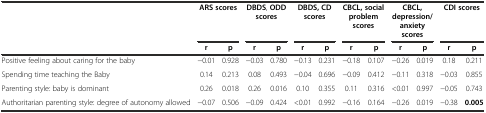
|  | <COLSPAN=2> ARS scores | <COLSPAN=2> DBDS, ODD scores | <COLSPAN=2> DBDS,CD scores | <COLSPAN=2> CBCL,social problem scores | <COLSPAN=2> CBCL,depression/anxiety scores | <COLSPAN=2> CDI scores |
 |  | r | p | r | p | r | p | r | p | r | p | r | p |
 | --- | --- | --- | --- | --- | --- | --- | --- | --- | --- | --- | --- | --- |
 | Positive feeling about caring for the baby | −0.01 | 0.928 | −0.03 | 0.780 | −0.13 | 0.231 | −0.18 | 0.107 | −0.26 | 0.019 | 0.18 | 0.211 |
 | Spending time teaching the Baby | 0.14 | 0.213 | 0.08 | 0.493 | −0.04 | 0.696 | −0.09 | 0.412 | −0.11 | 0.318 | −0.03 | 0.855 |
 | Parenting style: baby is dominant | 0.26 | 0.018 | 0.26 | 0.016 | 0.10 | 0.355 | 0.11 | 0.316 | <0.01 | 0.997 | −0.05 | 0.743 |
 | Authoritarian parenting style: degree of autonomy allowed | −0.07 | 0.506 | −0.09 | 0.424 | <0.01 | 0.992 | −0.16 | 0.164 | −0.26 | 0.019 | −0.38 | 0.005 |